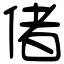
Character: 偖